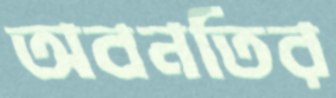
অবনতির